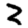
Digit: 2